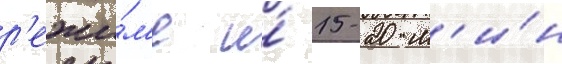
р'ежи́м'е и́ 15-20 м'и́н